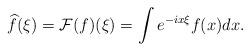
LaTeX: \begin{align*}\widehat{f}(\xi)=\mathcal{F}(f)(\xi)= \int e^{-i x\xi} f(x) d x.\end{align*}